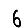
Digit: 6